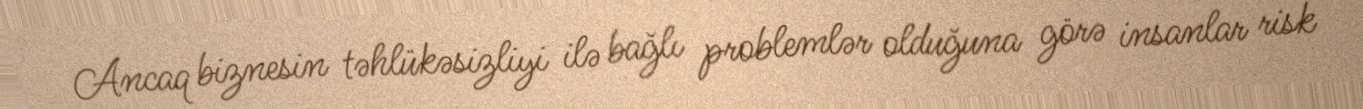
Ancaq biznesin təhlükəsizliyi ilə bağlı problemlər olduğuna görə insanlar risk